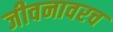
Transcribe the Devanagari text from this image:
जीवनावरच